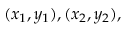
( x _ { 1 } , y _ { 1 } ) , ( x _ { 2 } , y _ { 2 } ) ,